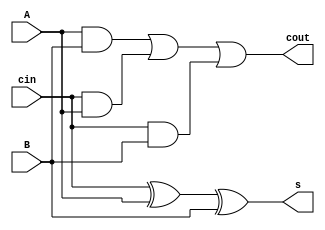

// 2 Bit Adder:
module FA (A, B, cin, s, cout);
	input A, B, cin;
	output s, cout;

	assign s = cin^A^B;
	assign cout = (A & B) | (cin & A) | (cin & B);
endmodule



// 4 Bit Adder:
module part2(a, b, c_in, s, c_out);
	input [3:0] a;
	input [3:0] b;  // a and b are 4 bit Input
	input c_in;

	output [3:0] s;  // Sum
	output [3:0] c_out;  // Carry Out

	FA u1(a[0], b[0], c_in, s[0], c_out[0]);
	FA u2(a[1], b[1], c_out[0], s[1], c_out[1]);
	FA u3(a[2], b[2], c_out[1], s[2], c_out[2]);
	FA u4(a[3], b[3], c_out[2], s[3], c_out[3]);
	
endmodule